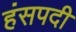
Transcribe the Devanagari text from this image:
हंसपदी